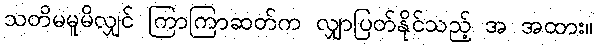
သတိမမူမိလျှင် ကြာကြာဆတ်က လျှာပြတ်နိုင်သည့် အ အထား။